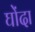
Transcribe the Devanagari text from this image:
घोंदा